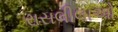
રાસલીલાઓ